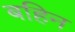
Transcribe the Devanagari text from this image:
बहिन